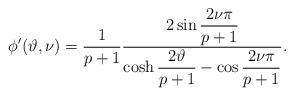
LaTeX: \begin{align*}\phi '(\vartheta ,\nu )=\displaystyle\frac{1}{p+1}\displaystyle\frac{2\sin \displaystyle\frac{2\nu \pi }{p+1}}{\cosh \displaystyle\frac{2\vartheta }{p+1}-\cos \displaystyle\frac{2\nu \pi }{p+1}}.\end{align*}